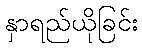
နှာရည်ယိုခြင်း